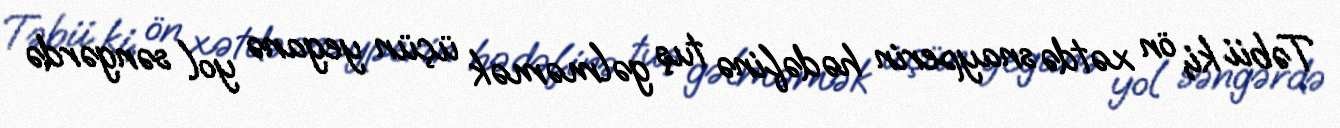
Təbii ki, ön xətdə snayperin hədəfinə tuş gəlməmək üçün yeganə yol səngərdə